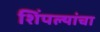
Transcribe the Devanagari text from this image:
शिंपल्यांचा